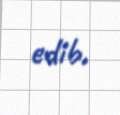
edib.